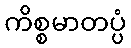
ကိစ္စမာတပ္ပံ